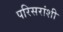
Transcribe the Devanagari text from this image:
परिसरांशी